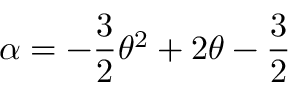
\alpha = - \frac { 3 } { 2 } \theta ^ { 2 } + 2 \theta - \frac { 3 } { 2 }